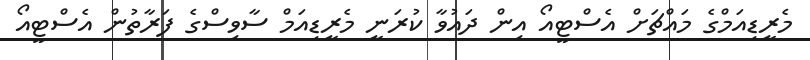
މެރީޑިއަމްގެ މައްޗަށް އެސްޓީއޯ އިން ދައުވާ ކުރަނީ މެރީޑިއަމް ސާވިސްގެ ފަރާތުން އެސްޓީއޯ